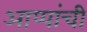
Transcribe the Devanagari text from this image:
आप्पांची